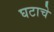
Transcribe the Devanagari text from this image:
घटाचे